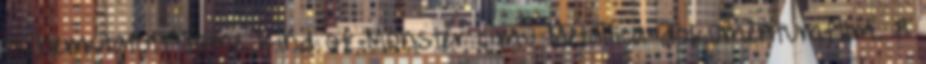
is bemutatott Some Kind of Monster című Metallica-dokumentumfilm. A